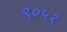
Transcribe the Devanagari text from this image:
९०५१